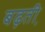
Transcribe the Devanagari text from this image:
बढ़ती़